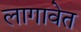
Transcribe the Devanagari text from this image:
लागावेत